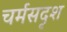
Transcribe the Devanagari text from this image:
चर्मसदृश